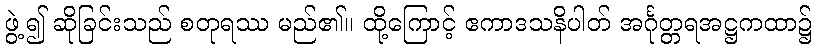
ဖွဲ့၍ ဆိုခြင်းသည် စတုရဿ မည်၏။ ထို့ကြောင့် ဧကာဒသနိပါတ် အင်္ဂုတ္တရအဋ္ဌကထာ၌